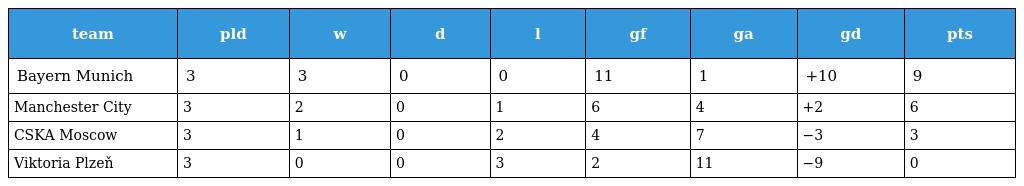
| team | pld | w | d | l | gf | ga | gd | pts |
 | --- | --- | --- | --- | --- | --- | --- | --- | --- |
 | Bayern Munich | 3 | 3 | 0 | 0 | 11 | 1 | +10 | 9 |
 | Manchester City | 3 | 2 | 0 | 1 | 6 | 4 | +2 | 6 |
 | CSKA Moscow | 3 | 1 | 0 | 2 | 4 | 7 | −3 | 3 |
 | Viktoria Plzeň | 3 | 0 | 0 | 3 | 2 | 11 | −9 | 0 |